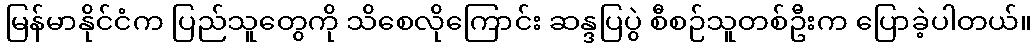
မြန်မာနိုင်ငံက ပြည်သူတွေကို သိစေလိုကြောင်း ဆန္ဒပြပွဲ စီစဉ်သူတစ်ဦးက ပြောခဲ့ပါတယ်။